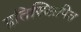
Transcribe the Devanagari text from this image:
प्रतिस्थिापित